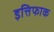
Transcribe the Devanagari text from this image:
इत्तिफाक